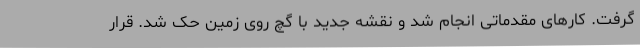
گرفت. کارهای مقدماتی انجام شد و نقشه جدید با گچ روی زمین حک شد. قرار